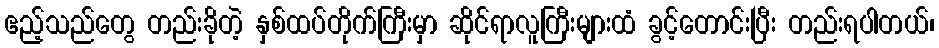
ဧည့်သည်တွေ တည်းခိုတဲ့ နှစ်ထပ်တိုက်ကြီးမှာ ဆိုင်ရာလူကြီးများထံ ခွင့်တောင်းပြီး တည်းရပါတယ်၊